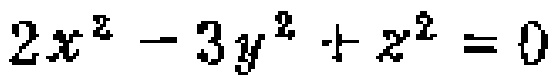
\(2x^{2}-3y^{2}+z^{2}=0\)